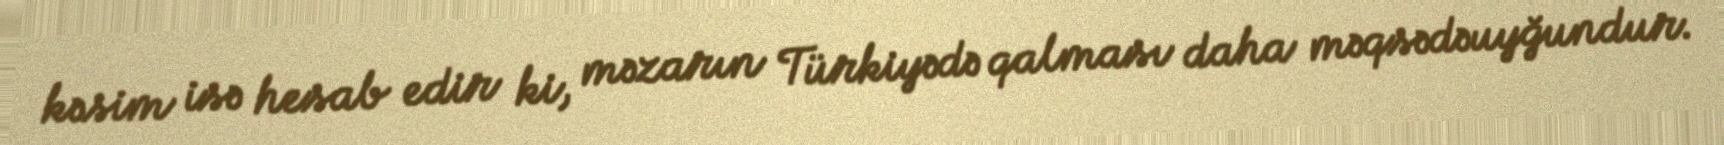
kəsim isə hesab edir ki, məzarın Türkiyədə qalması daha məqsədəuyğundur.